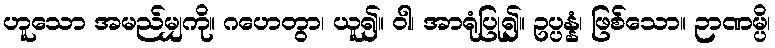
ဟူသော အမည်မျှကို။ ဂဟေတွာ၊ ယူ၍။ ဝါ၊ အာရုံပြု၍။ ဥပ္ပန္နံ၊ ဖြစ်သော။ ဉာဏမ္ပိ၊